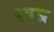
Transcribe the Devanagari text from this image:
श्वभ्र